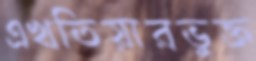
এখতিয়ারভুক্ত